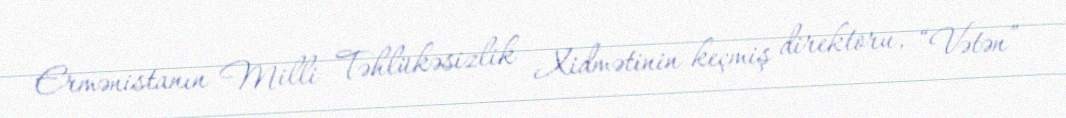
Ermənistanın Milli Təhlükəsizlik Xidmətinin keçmiş direktoru, “Vətən”